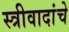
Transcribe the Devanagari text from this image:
स्त्रीवादांचे